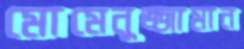
মোমেনুজ্জামান